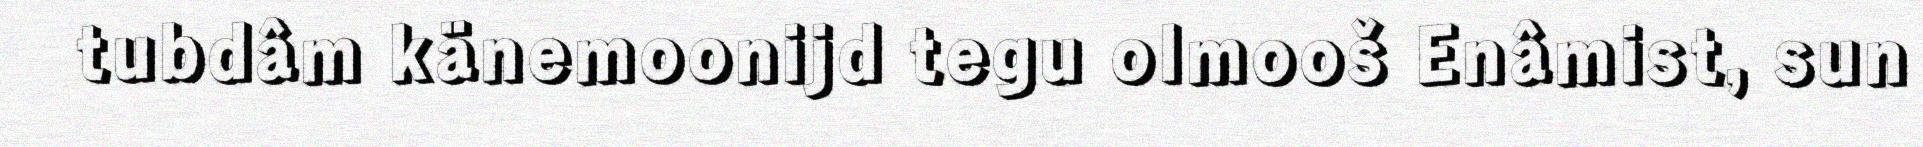
tubdâm känemoonijd tegu olmooš Enâmist, sun